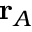
\mathbf { r } _ { A }